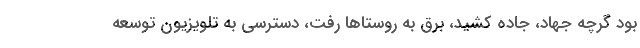
بود گرچه جهاد، جاده کشید، برق به روستاها رفت، دسترسی به تلویزیون توسعه